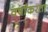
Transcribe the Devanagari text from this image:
वर्षांकरता